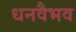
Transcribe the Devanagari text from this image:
धनवैभव